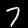
Digit: 7